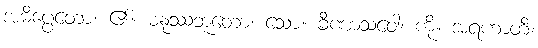
အဓိပ္ပေတော၊ ၏။ မနုဿဘူတော၊ သော။ ခီဏာသဝေါ၊ ကို။ အရဟာတိ၊